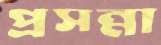
প্রসন্না